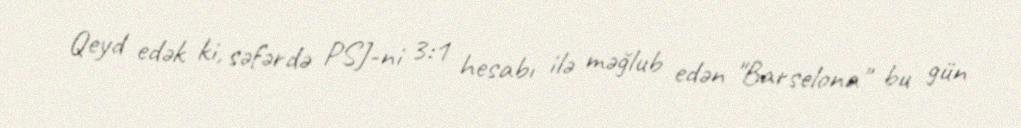
Qeyd edək ki, səfərdə PSJ-ni 3:1 hesabı ilə məğlub edən "Barselona" bu gün